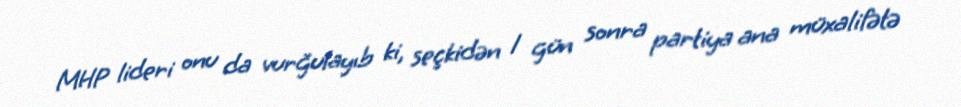
MHP lideri onu da vurğulayıb ki, seçkidən 1 gün sonra partiya ana müxalifətə